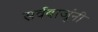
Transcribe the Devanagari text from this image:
सर्वबाजूंनी